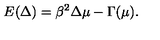
E ( \Delta ) = \beta ^ { 2 } \Delta \mu - \Gamma ( \mu ) .